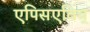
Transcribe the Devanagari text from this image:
एपिसएविच्